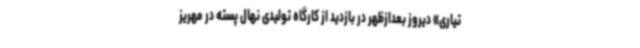
تیاری» دیروز بعدازظهر در بازدید از کارگاه تولیدی نهال پسته در مهریز